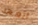
أتعهد